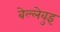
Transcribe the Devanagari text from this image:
बेल्लेवुइ